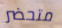
متحضر